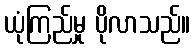
ယုံကြည်မှု ပိုလာသည်။